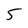
Character: 5